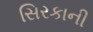
સિરકાની